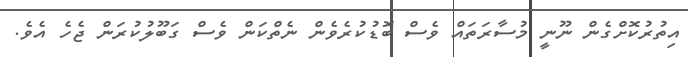
އިތުރުކޮށްގެން ނޫނީ މުސާރަތައް ވެސް ބޮޑުކުރެވެން ނެތްކަން ވެސް ގަބޫލުކުރަން ޖެހެ އެވެ.